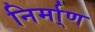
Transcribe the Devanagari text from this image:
निर्मा्ण